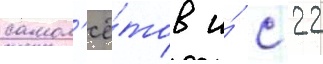
самол'ё́тов и́ с 22